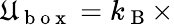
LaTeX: \mathfrak{U}_{\mathrm{{~b~o~x~}}}=k_{\mathrm{{~B~}}}\times